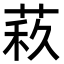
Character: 𦲦